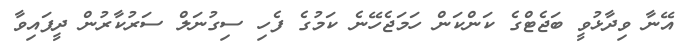
އޭނާ ވިދާޅުވީ ބަޖެޓްގެ ކަންކަން ހަމަޖެހޭނެ ކަމުގެ ފެހި ސިގުނަލް ސަރުކާރުން ދީފައިވާ